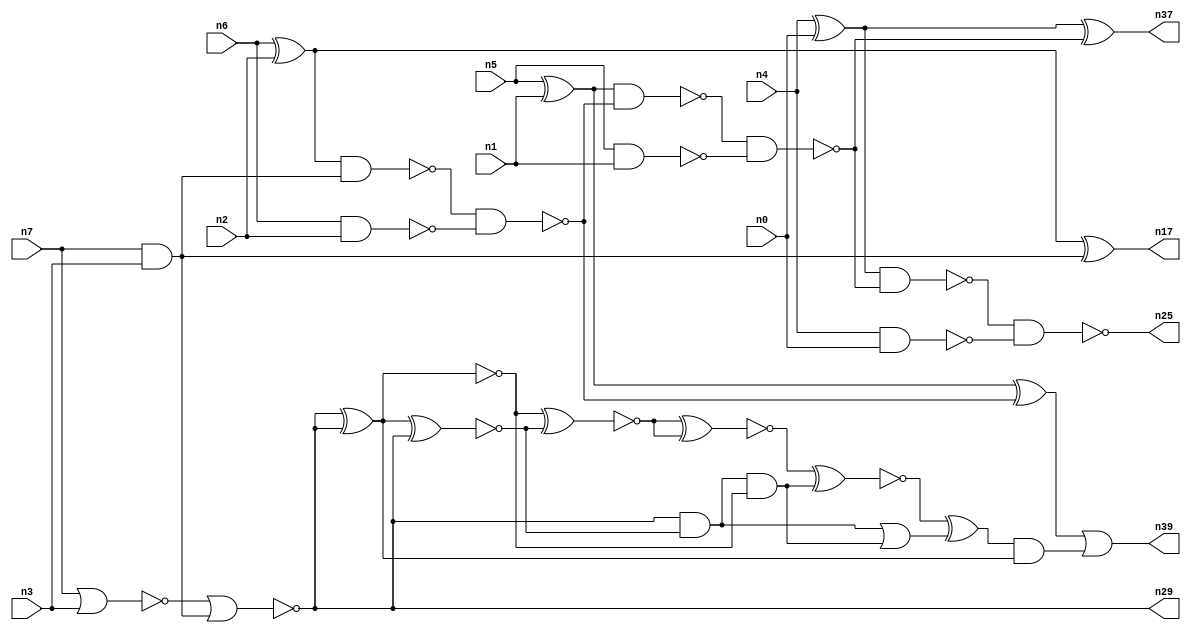
// This file contains a pareto-optimal circuit with respect to power and the fault-resilince parameter p_fault which is defined as:
// "For all input vectors, the ratio of the no. of faults observable at the POs to the no. of total possible faults in the circuit".
// This code is part of the ReCkt library (https://github.com/umar-afzaal/ReCkt) distributed under The MIT License.
// When used, please cite the following article(s):
// U. Afzaal, A.S. Hassan, M. Usman and J.A. Lee, "On the Evolutionary Synthesis of Increased Fault-resilience Arithmetic Circuits".

// p_fault = 63.2 %    (Lower is better)
// gates = 32.0
// levels = 10
// area = 45.94    (For MCNC library relative to nand2)
// power = 155.8 uW    (Berkely-SIS for MCNC library @ Vdd=5V and 20 MHz clock)
// delay = 19.8 ns    (Berkely-ABC for MCNC library)
// PDP = 3.08484e-12 J

// Pin mapping:
// {n0, n1, n2, n3} = A[3:0]
// {n4, n5, n6, n7} = B[3:0]
// {n25, n37, n39, n17, n29} = O[4:0]

module addr4u_power_22 (
n0, n1, n2, n3, n4, n5, n6, n7, 
n25, n37, n39, n17, n29
);

input n0, n1, n2, n3, n4, n5, n6, n7;
output n25, n37, n39, n17, n29;
wire n38, n20, n23, n14, n35, n22, n32, n31, n36, n33, n11, n34, n13, n18, n30, n24, n9, n16, n8, n15, 
n10, n26, n19, n21, n27, n28, n12;

nand (n8, n6, n2);
xor (n9, n5, n1);
and (n10, n7, n3);
nor (n11, n7, n3);
xor (n12, n6, n2);
nand (n13, n4, n0);
xor (n14, n4, n0);
nand (n15, n5, n1);
nand (n16, n12, n10);
xor (n17, n12, n10);
nor (n18, n11, n10);
nand (n19, n16, n8);
nand (n20, n9, n19);
xor (n21, n9, n19);
nand (n22, n20, n15);
xor (n23, n14, n22);
nand (n24, n14, n22);
nand (n25, n24, n13);
xor (n26, n18, n18);
xnor (n27, n18, n18);
xnor (n28, n26, n18);
and (n29, n18, n18);
and (n30, n18, n28);
xnor (n31, n27, n28);
and (n32, n30, n27);
xnor (n33, n31, n31);
or (n34, n30, n32);
xnor (n35, n33, n32);
xor (n36, n35, n34);
or (n37, n23, n23);
and (n38, n36, n26);
or (n39, n21, n38);

endmodule